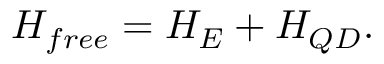
H _ { f r e e } = H _ { E } + H _ { Q D } .